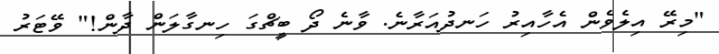
"މިރޭ އިލެވެން އެހާއިރު ހަނދުއަރާނެ. ވާނެ ދޯ ބީޗްގަ ހިނގާލަން ދާން!" ވޭޓަރު